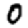
Digit: 0